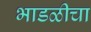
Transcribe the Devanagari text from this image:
भाडळीचा